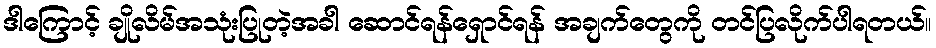
ဒါကြောင့် ချိုလိမ်အသုံးပြုတဲ့အခါ ဆောင်ရန်ရှောင်ရန် အချက်တွေကို တင်ပြလိုက်ပါရတယ်။